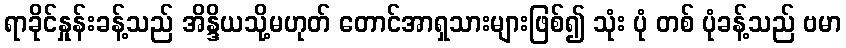
ရာခိုင်နှုန်းခန့်သည် အိန္ဒိယသို့မဟုတ် တောင်အာရှသားများဖြစ်၍ သုံး ပုံ တစ် ပုံခန့်သည် ဗမာ